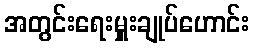
အတွင်းရေးမှူးချုပ်ဟောင်း